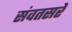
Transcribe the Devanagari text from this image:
संवतसरे